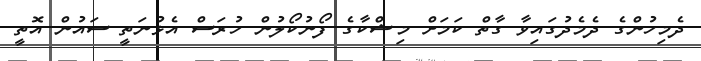
ދެމިހުންގެ ދެމެދުގައިވާ ގާތް ކަމަށް މިޝްކާގެ ފޯނުކޯލުން ހުރަސް އެޅުނަތީ ސައުން އޮތީ